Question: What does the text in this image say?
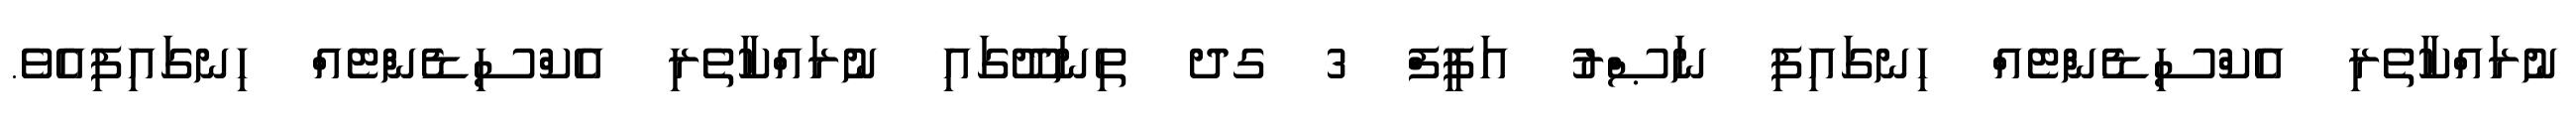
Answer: ނުރައްކާތެރި އެކްސިޑެންޓެއް ހިނގައިފި ނަޞްރު އަފީފް 3 ގދ ތިނަދޫގައި ނުރައްކާތެރި އެކްސިޑެންޓެއް ހިނގައިފިއެވެ.